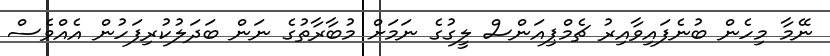
ނޭމާ މިހެން ބުނެފައިވާއިރު ޗެމްޕިއަންސް ލީގުގެ ނަމަށް މުބާރާތުގެ ނަން ބަދަލުކުރިފަހުން އެއްވެސް